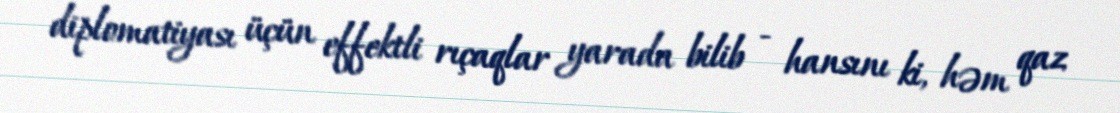
diplomatiyası üçün effektli rıçaqlar yarada bilib - hansını ki, həm qaz